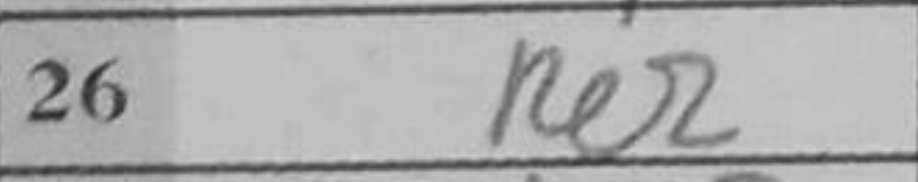
Transcription: Re2